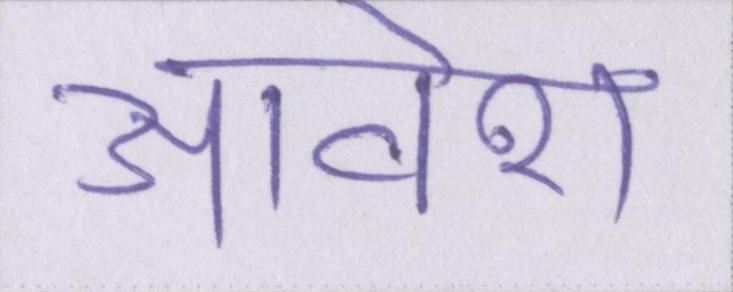
आवेश